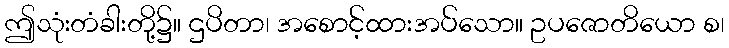
ဤသုံးတံခါးတို့၌။ ဌပိတာ၊ အစောင့်ထားအပ်သော။ ဥပဇောတိယော စ၊